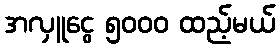
အလှူငွေ ၅၀၀၀ ထည့်မယ်